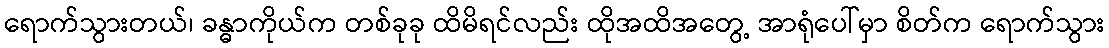
ရောက်သွားတယ်၊ ခန္ဓာကိုယ်က တစ်ခုခု ထိမိရင်လည်း ထိုအထိအတွေ့ အာရုံပေါ်မှာ စိတ်က ရောက်သွား